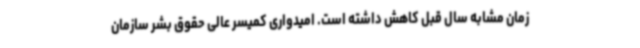
زمان مشابه سال قبل کاهش داشته است. امیدواری کمیسر عالی حقوق بشر سازمان